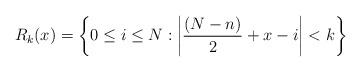
LaTeX: \begin{align*} R_k(x) = \left\{0 \leq i \leq N: \bigg|\frac{(N-n)}{2}+x-i\bigg| < k\right\} & \end{align*}